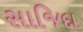
સાજિદા